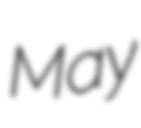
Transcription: May